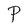
Character: P